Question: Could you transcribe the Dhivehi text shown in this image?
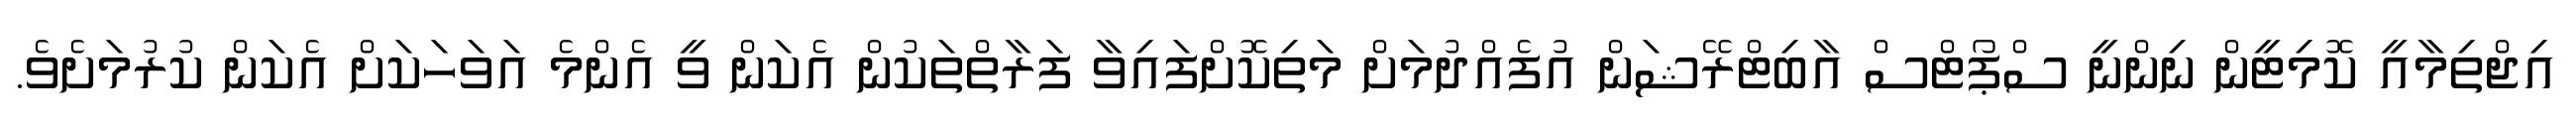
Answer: އިޖްތިމާއީ ކޮމިޓީން ނިންނީ ސްޕޯޓްސް އާބިޓްރޭޝަން އުފެއްދުމަށް މަތިކޮށްފައިވާ ފަރާތްތަކުން އެކަން ވީ އެންމެ އަވަހަކަށް އެކަން ކުރުމަށެވެ.